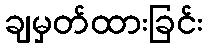
ချမှတ်ထားခြင်း